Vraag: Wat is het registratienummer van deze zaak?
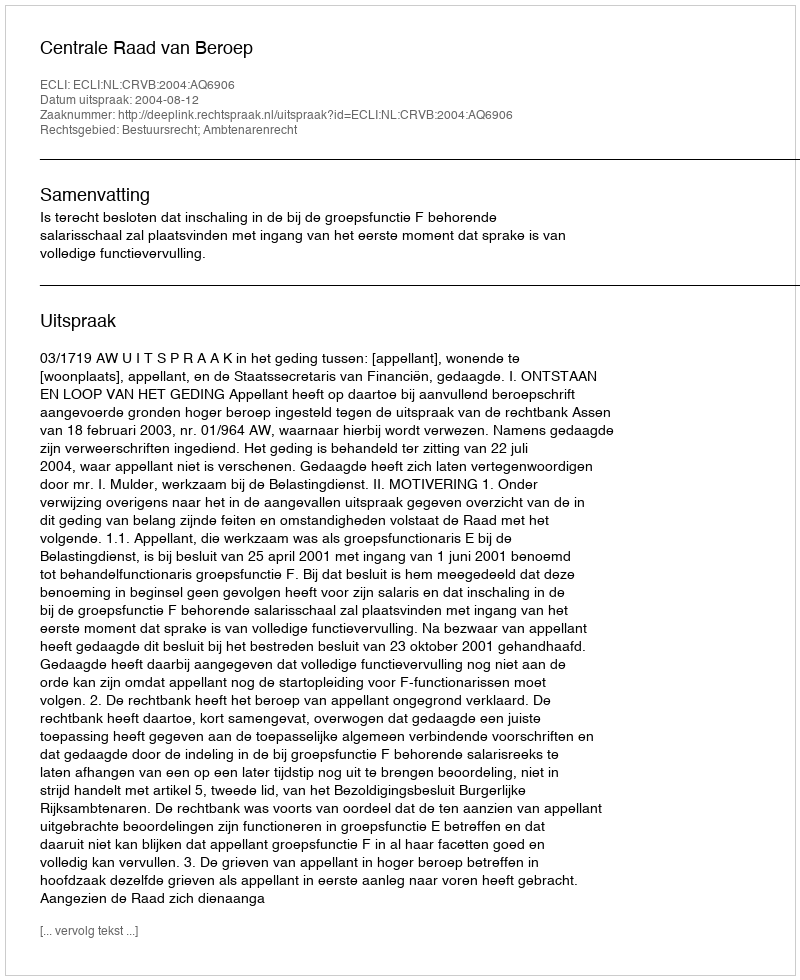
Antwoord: http://deeplink.rechtspraak.nl/uitspraak?id=ECLI:NL:CRVB:2004:AQ6906